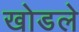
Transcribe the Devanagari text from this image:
खोडले